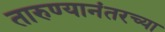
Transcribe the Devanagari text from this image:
तारुण्यानंतरच्या